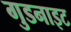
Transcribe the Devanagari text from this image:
गुडनाइट